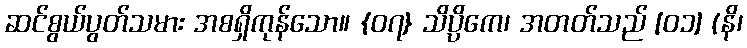
ဆင်စွယ်ပွတ်သမား အစရှိကုန်သော။ {၀၇} သိပ္ပိကေ၊ အတတ်သည် [၀၁] (နိ၊